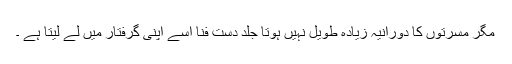
مگر مسرتوں کا دورانیہ زیادہ طویل نہیں ہوتا جلد دست فنا اُسے اپنی گرفتار میں لے لیتا ہے ۔